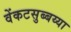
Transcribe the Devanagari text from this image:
वेंकटसुब्बय्या